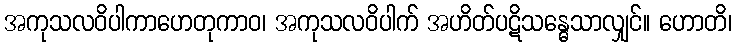
အကုသလဝိပါကာဟေတုကာဝ၊ အကုသလဝိပါက် အဟိတ်ပဋိသန္ဓေသာလျှင်။ ဟောတိ၊